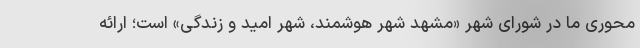
محوری ما در شورای شهر «مشهد شهر هوشمند، شهر امید و زندگی» است؛ ارائه